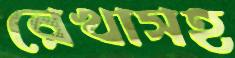
রেখাসহ